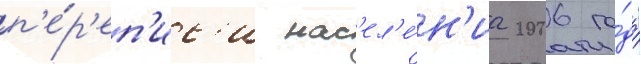
п'е́р'еп'ис'и нас'ел'е́н'иа 2006 го́да